Investigations on Bengal jail dietaries - Number 37
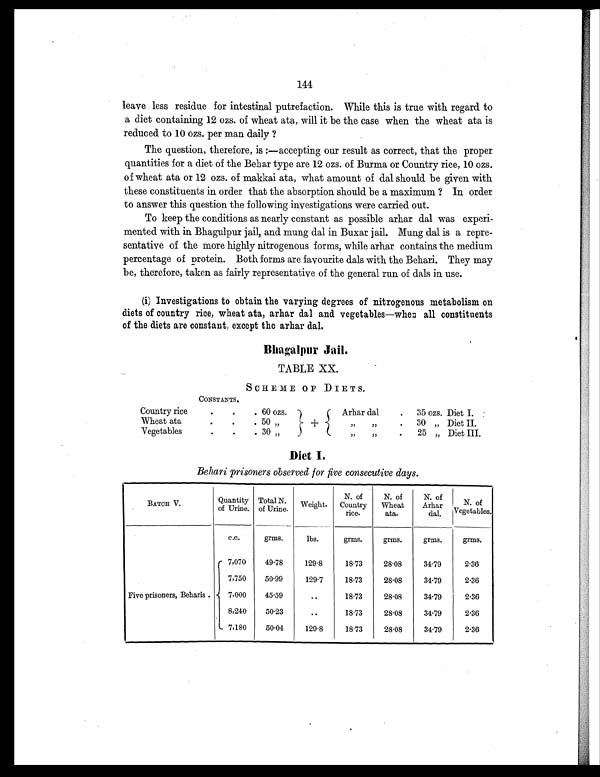
144
leave less residue for intestinal putrefaction. While this is true with regard to
a diet containing 12 ozs. of wheat ata, will it be the case when the wheat ata is
reduced to 10 ozs. per man daily ?
The question, therefore, is:—accepting our result as correct, that the proper
quantities for a diet of the Behar type are 12 ozs. of Burma or Country rice, 10 ozs.
of wheat ata or 12 ozs. of makkai ata, what amount of dal should be given with
these constituents in order that the absorption should be a maximum ? In order
to answer this question the following investigations were carried out.
To keep the conditions as nearly constant as possible arhar dal was experi-
mented with in Bhagulpur jail, and mung dal in Buxar jail. Mung dal is a repre-
sentative of the more highly nitrogenous forms, while arhar contains the medium
percentage of protein. Both forms are favourite dals with the Behari. They may
be, therefore, taken as fairly representative of the general run of dals in use.
(i) Investigations to obtain the varying degrees of nitrogenous metabolism on
diets of country rice, wheat ata, arhar dal and vegetables—when all constituents
of the diets are constant, except the arhar dal.
Bhagalpur Jail.
TABLE XX.
SCHEME OF DIETS.
CONSTANTS.
Country rice
.
.
. 60 ozs.
Arhar dal
.
35 ozs. Diet I.
Wheat ata
.
.
. 50 „
+
„ „
.
30 „ Diet II.
Vegetables
.
. . 30 „
„ „
.
25 „ Diet III.
Diet I.
Behari prisoners observed for five consecutive days.
BATCH V.
Quantity
of Urine.
Total N.
of Urine.
Weight.
N. of
Country
rice.
N. of
Wheat
ata.
N. of
Arhar
dal.
N. of
Vegetables.
c.c.
grms.
lbs.
grms.
grms.
grms.
grms.
Five prisoners, Beharis .
7,070
49.78
129.8
18.73
28.08
34.79
2.36
7,750
50.99
129.7
18.73
28.08
34.79
2.36
7,000
45.59
..
18.73
28.08
34.79
2.36
8,240
50.23
. .
18.73
28.08
34.79
2.36
7,180
50.04
129.8
18.73
28.08
34.79
2.36